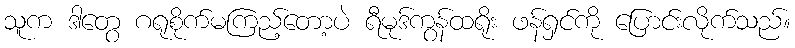
သူက ဒါတွေ ဂရုစိုက်မကြည့်တော့ပဲ ရီမုဒ်ကွန်ထရိုး ဖန်ရှင်ကို ပြောင်းလိုက်သည်။